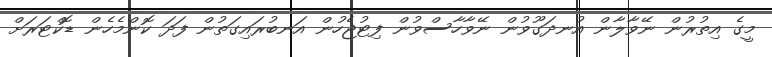
މީގެ އިތުރުން ނޭވާލާން އުނދަގޫވުން ނޭވާހާސްވުން ފިޓުޖެހުން އަނބުރައިގަތުން ފަދަ ކޮންމެހެން ޑޮކްޓަރަށް